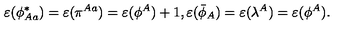
\varepsilon ( \phi _ { A a } ^ { * } ) = \varepsilon ( \pi ^ { A a } ) = \varepsilon ( \phi ^ { A } ) + 1 , \varepsilon ( \bar { \phi } _ { A } ) = \varepsilon ( { \lambda } ^ { A } ) = \varepsilon ( \phi ^ { A } ) .